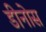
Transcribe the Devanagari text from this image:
डीनोस